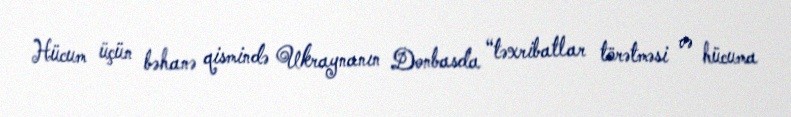
Hücum üçün bəhanə qismində Ukraynanın Donbasda “təxribatlar törətməsi və hücuma